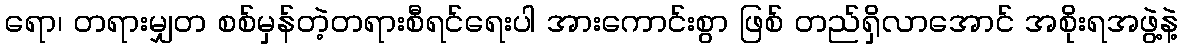
ရော၊ တရားမျှတ စစ်မှန်တဲ့တရားစီရင်ရေးပါ အားကောင်းစွာ ဖြစ် တည်ရှိလာအောင် အစိုးရအဖွဲ့နဲ့